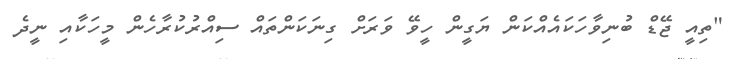
"ތިއީ ޖޭޑް ބުނިވާހަކައެއްކަން ޔަގީން ހީވޭ ވަރަށް ގިނަކަންތައް ސިއްރުކުރާހެން މީހަކާއި ނީދެ